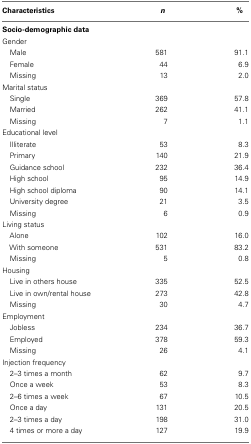
<table><thead><tr><td><b>Characteristics</b></td><td><b><i>n</i></b></td><td><b>%</b></td></tr></thead><tbody><tr><td><b>Socio-demographic data</b></td></tr><tr><td>Gender</td></tr><tr><td> Male</td><td>581</td><td>91.1</td></tr><tr><td> Female</td><td>44</td><td>6.9</td></tr><tr><td> Missing</td><td>13</td><td>2.0</td></tr><tr><td>Marital status</td></tr><tr><td> Single</td><td>369</td><td>57.8</td></tr><tr><td> Married</td><td>262</td><td>41.1</td></tr><tr><td> Missing</td><td>7</td><td>1.1</td></tr><tr><td>Educational level</td></tr><tr><td> Illiterate</td><td>53</td><td>8.3</td></tr><tr><td> Primary</td><td>140</td><td>21.9</td></tr><tr><td> Guidance school</td><td>232</td><td>36.4</td></tr><tr><td> High school</td><td>95</td><td>14.9</td></tr><tr><td> High school diploma</td><td>90</td><td>14.1</td></tr><tr><td> University degree</td><td>21</td><td>3.5</td></tr><tr><td> Missing</td><td>6</td><td>0.9</td></tr><tr><td>Living status</td></tr><tr><td> Alone</td><td>102</td><td>16.0</td></tr><tr><td> With someone</td><td>531</td><td>83.2</td></tr><tr><td> Missing</td><td>5</td><td>0.8</td></tr><tr><td>Housing</td></tr><tr><td> Live in others house</td><td>335</td><td>52.5</td></tr><tr><td> Live in own/rental house</td><td>273</td><td>42.8</td></tr><tr><td> Missing</td><td>30</td><td>4.7</td></tr><tr><td>Employment</td></tr><tr><td> Jobless</td><td>234</td><td>36.7</td></tr><tr><td> Employed</td><td>378</td><td>59.3</td></tr><tr><td> Missing</td><td>26</td><td>4.1</td></tr><tr><td>Injection frequency</td></tr><tr><td> 2–3 times a month</td><td>62</td><td>9.7</td></tr><tr><td> Once a week</td><td>53</td><td>8.3</td></tr><tr><td> 2–6 times a week</td><td>67</td><td>10.5</td></tr><tr><td> Once a day</td><td>131</td><td>20.5</td></tr><tr><td> 2–3 times a day</td><td>198</td><td>31.0</td></tr><tr><td> 4 times or more a day</td><td>127</td><td>19.9</td></tr></tbody></table>